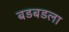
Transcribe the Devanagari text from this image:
बडबडला